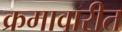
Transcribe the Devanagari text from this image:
क्रमावारीत